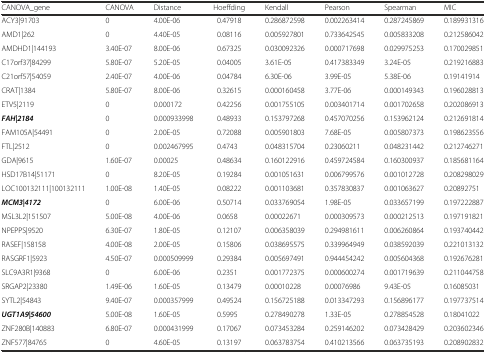
<table><thead><tr><td><b>CANOVA_gene</b></td><td><b>CANOVA</b></td><td><b>Distance</b></td><td><b>Hoeffding</b></td><td><b>Kendall</b></td><td><b>Pearson</b></td><td><b>Spearman</b></td><td><b>MIC</b></td></tr></thead><tbody><tr><td>ACY3|91703</td><td>0</td><td>4.00E-06</td><td>0.47918</td><td>0.286872598</td><td>0.002263414</td><td>0.287245869</td><td>0.189931316</td></tr><tr><td>AMD1|262</td><td>0</td><td>4.40E-05</td><td>0.08116</td><td>0.005927801</td><td>0.733642545</td><td>0.005833208</td><td>0.212586042</td></tr><tr><td>AMDHD1|144193</td><td>3.40E-07</td><td>8.00E-06</td><td>0.67325</td><td>0.030092326</td><td>0.000717698</td><td>0.029975253</td><td>0.170029851</td></tr><tr><td>C17orf37|84299</td><td>5.80E-07</td><td>5.20E-05</td><td>0.04005</td><td>3.61E-05</td><td>0.417383349</td><td>3.24E-05</td><td>0.219216883</td></tr><tr><td>C21orf57|54059</td><td>2.40E-07</td><td>4.00E-06</td><td>0.04784</td><td>6.30E-06</td><td>3.99E-05</td><td>5.38E-06</td><td>0.19141914</td></tr><tr><td>CRAT|1384</td><td>5.80E-07</td><td>8.00E-06</td><td>0.32615</td><td>0.000160458</td><td>3.77E-06</td><td>0.000149343</td><td>0.196028813</td></tr><tr><td>ETV5|2119</td><td>0</td><td>0.000172</td><td>0.42256</td><td>0.001755105</td><td>0.003401714</td><td>0.001702658</td><td>0.202086913</td></tr><tr><td><b><i>FAH|2184</i></b></td><td>0</td><td>0.000933998</td><td>0.48933</td><td>0.153797268</td><td>0.457070256</td><td>0.153962124</td><td>0.212691814</td></tr><tr><td>FAM105A|54491</td><td>0</td><td>2.00E-05</td><td>0.72088</td><td>0.005901803</td><td>7.68E-05</td><td>0.005807373</td><td>0.198623556</td></tr><tr><td>FTL|2512</td><td>0</td><td>0.002467995</td><td>0.4743</td><td>0.048315704</td><td>0.23060211</td><td>0.048231442</td><td>0.212746271</td></tr><tr><td>GDA|9615</td><td>1.60E-07</td><td>0.00025</td><td>0.48634</td><td>0.160122916</td><td>0.459724584</td><td>0.160300937</td><td>0.185681164</td></tr><tr><td>HSD17B14|51171</td><td>0</td><td>8.20E-05</td><td>0.19284</td><td>0.001051631</td><td>0.006799576</td><td>0.001012728</td><td>0.208298029</td></tr><tr><td>LOC100132111|100132111</td><td>1.00E-08</td><td>1.40E-05</td><td>0.08222</td><td>0.001103681</td><td>0.357830837</td><td>0.001063627</td><td>0.20892751</td></tr><tr><td><b><i>MCM3|4172</i></b></td><td>0</td><td>6.00E-06</td><td>0.50714</td><td>0.033769054</td><td>1.98E-05</td><td>0.033657199</td><td>0.197222887</td></tr><tr><td>MSL3L2|151507</td><td>5.00E-08</td><td>4.00E-06</td><td>0.0658</td><td>0.00022671</td><td>0.000309573</td><td>0.000212513</td><td>0.197191821</td></tr><tr><td>NPEPPS|9520</td><td>6.30E-07</td><td>1.80E-05</td><td>0.12107</td><td>0.006358039</td><td>0.294981611</td><td>0.006260864</td><td>0.193740442</td></tr><tr><td>RASEF|158158</td><td>4.00E-08</td><td>2.00E-05</td><td>0.15806</td><td>0.038695575</td><td>0.339964949</td><td>0.038592039</td><td>0.221013132</td></tr><tr><td>RASGRF1|5923</td><td>4.50E-07</td><td>0.000509999</td><td>0.29384</td><td>0.005697491</td><td>0.944454242</td><td>0.005604368</td><td>0.192676281</td></tr><tr><td>SLC9A3R1|9368</td><td>0</td><td>6.00E-06</td><td>0.2351</td><td>0.001772375</td><td>0.000600274</td><td>0.001719639</td><td>0.211044758</td></tr><tr><td>SRGAP2|23380</td><td>1.49E-06</td><td>1.60E-05</td><td>0.13479</td><td>0.00010228</td><td>0.00076986</td><td>9.43E-05</td><td>0.16085031</td></tr><tr><td>SYTL2|54843</td><td>9.40E-07</td><td>0.000357999</td><td>0.49524</td><td>0.156725188</td><td>0.013347293</td><td>0.156896177</td><td>0.197737514</td></tr><tr><td><b><i>UGT1A9|54600</i></b></td><td>5.00E-08</td><td>1.60E-05</td><td>0.5995</td><td>0.278490278</td><td>1.33E-05</td><td>0.278854528</td><td>0.18041022</td></tr><tr><td>ZNF280B|140883</td><td>6.80E-07</td><td>0.000431999</td><td>0.17067</td><td>0.073453284</td><td>0.259146202</td><td>0.073428429</td><td>0.203602346</td></tr><tr><td>ZNF577|84765</td><td>0</td><td>4.60E-05</td><td>0.13197</td><td>0.063783754</td><td>0.410213566</td><td>0.063735193</td><td>0.208902832</td></tr></tbody></table>